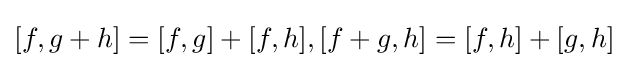
[f,g+h]=[f,g]+[f,h],[f+g,h]=[f,h]+[g,h]